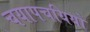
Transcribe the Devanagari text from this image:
चयापचयियों